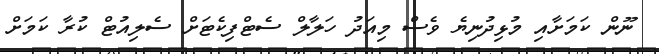
ނޫން ކަމަށާއި މުޅިދުނިޔެެ ވެސް މިއަދު ހަލާލް ސެޓްފިކެޓަށް ސެލިއުޓް ކުރާ ކަމަށް